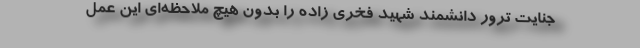
جنایت ترور دانشمند شهید فخری‌ زاده را بدون هیچ ملاحظه‌ای این عمل